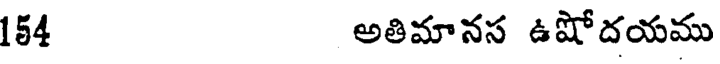
154 అతిమానస ఉషోదయము